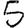
Digit: 5